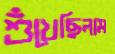
শুঁখেছিলাম